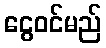
ငွေဝင်မည်